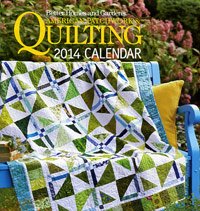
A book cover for Better Homes and Gardens American Patchwork & Quilting 2014 Calendar; BH&G; Calendars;